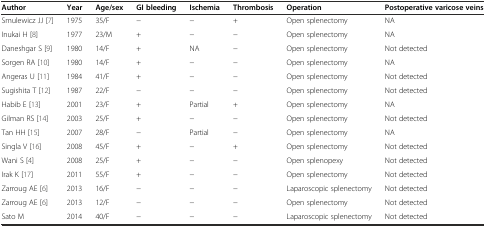
<table><thead><tr><td><b>Author</b></td><td><b>Year</b></td><td><b>Age/sex</b></td><td><b>GI bleeding</b></td><td><b>Ischemia</b></td><td><b>Thrombosis</b></td><td><b>Operation</b></td><td><b>Postoperative varicose veins</b></td></tr></thead><tbody><tr><td>Smulewicz JJ [7]</td><td>1975</td><td>35/F</td><td>−</td><td>−</td><td>+</td><td>Open splenectomy</td><td>NA</td></tr><tr><td>Inukai H [8]</td><td>1977</td><td>23/M</td><td>+</td><td>−</td><td>−</td><td>Open splenectomy</td><td>NA</td></tr><tr><td>Daneshgar S [9]</td><td>1980</td><td>14/F</td><td>+</td><td>NA</td><td>−</td><td>Open splenectomy</td><td>Not detected</td></tr><tr><td>Sorgen RA [10]</td><td>1980</td><td>14/F</td><td>+</td><td>−</td><td>−</td><td>Open splenectomy</td><td>NA</td></tr><tr><td>Angeras U [11]</td><td>1984</td><td>41/F</td><td>+</td><td>−</td><td>−</td><td>Open splenectomy</td><td>Not detected</td></tr><tr><td>Sugishita T [12]</td><td>1987</td><td>22/F</td><td>−</td><td>−</td><td>−</td><td>Open splenectomy</td><td>Not detected</td></tr><tr><td>Habib E [13]</td><td>2001</td><td>23/F</td><td>+</td><td>Partial</td><td>+</td><td>Open splenectomy</td><td>NA</td></tr><tr><td>Gilman RS [14]</td><td>2003</td><td>25/F</td><td>+</td><td>−</td><td>−</td><td>Open splenectomy</td><td>Not detected</td></tr><tr><td>Tan HH [15]</td><td>2007</td><td>28/F</td><td>−</td><td>Partial</td><td>−</td><td>Open splenectomy</td><td>NA</td></tr><tr><td>Singla V [16]</td><td>2008</td><td>45/F</td><td>+</td><td>−</td><td>+</td><td>Open splenectomy</td><td>Not detected</td></tr><tr><td>Wani S [4]</td><td>2008</td><td>25/F</td><td>+</td><td>−</td><td>−</td><td>Open splenopexy</td><td>Not detected</td></tr><tr><td>Irak K [17]</td><td>2011</td><td>55/F</td><td>+</td><td>−</td><td>−</td><td>Open splenectomy</td><td>Not detected</td></tr><tr><td>Zarroug AE [6]</td><td>2013</td><td>16/F</td><td>−</td><td>−</td><td>−</td><td>Laparoscopic splenectomy</td><td>Not detected</td></tr><tr><td>Zarroug AE [6]</td><td>2013</td><td>12/F</td><td>−</td><td>−</td><td>−</td><td>Open splenectomy</td><td>Not detected</td></tr><tr><td>Sato M</td><td>2014</td><td>40/F</td><td>−</td><td>−</td><td>−</td><td>Laparoscopic splenectomy</td><td>Not detected</td></tr></tbody></table>